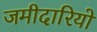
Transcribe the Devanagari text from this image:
जमीदारियो